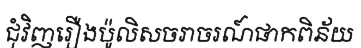
ជុំវិញរឿងប៉ូលិសចរាចរណ៍ផាកពិន័យ